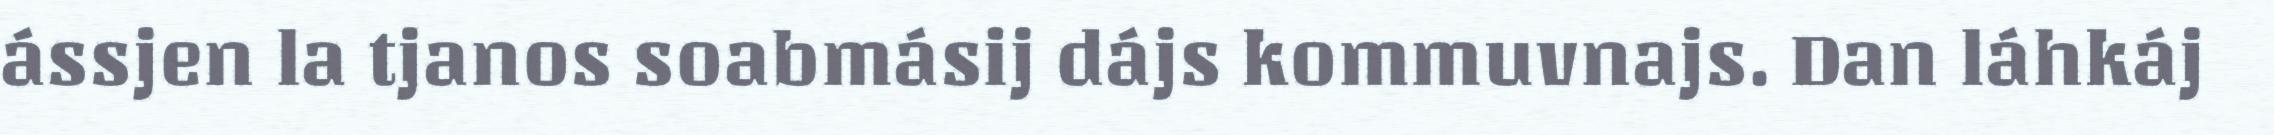
ássjen la tjanos soabmásij dájs kommuvnajs. Dan láhkáj